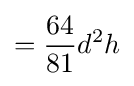
={\frac {64}{81}}d^{2}h